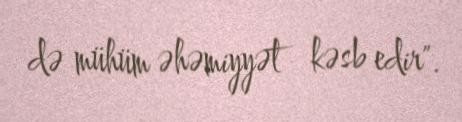
də mühüm əhəmiyyət kəsb edir".